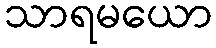
သာရမယော